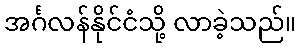
အင်္ဂလန်နိုင်ငံသို့ လာခဲ့သည်။